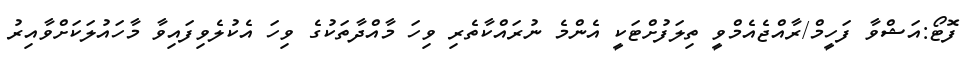
ފޮޓޯ:އަޝްވާ ފަހީމް/ރާއްޖެއެމްވީ ތިލަފުށްޓަކީ އެންމެ ނުރައްކާތެރި ވިހަ މާއްދާތަކުގެ ވިހަ އެކުލެވިފައިވާ މާހައުލަކަށްވާއިރު